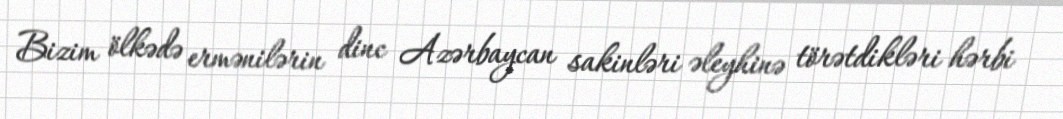
Bizim ölkədə ermənilərin dinc Azərbaycan sakinləri əleyhinə törətdikləri hərbi